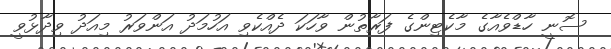
ސޮނީ ހާޑްވެއާގެ މާކެޓިންގެ ފަރާތުން ވާހަކަ ދެއްކެވި އަހުމަދު އަންވަރު މިއަދު ވިދާޅުވީ